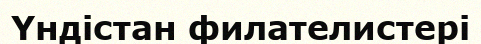
Үндістан филателистері